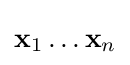
\mathbf {x} _{1}\ldots \mathbf {x} _{n}